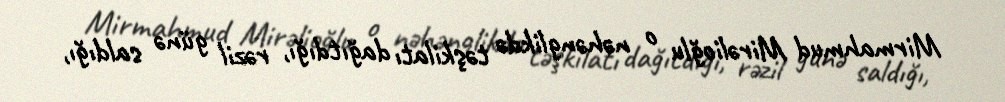
Mirmahmud Mirəlioğlu o nəhənglikdə təşkilatı dağıtdığı, rəzil günə saldığı,